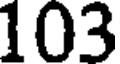
103